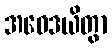
အဝေဒယိတွာ